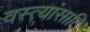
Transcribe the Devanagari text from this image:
वस्त्यांसाठि